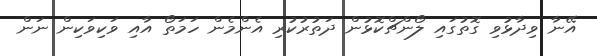
އޭނާ ވިދާޅުވި ގޮތުގައި ލޯންޗްކޮޅުން ދަތުރުކުރި އެންމެން ހަމަތޯ އާއި ވަކިވަކިން ނަން